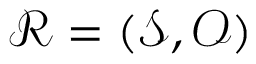
\mathcal { R } = ( \mathcal { S } , \mathcal { O } )